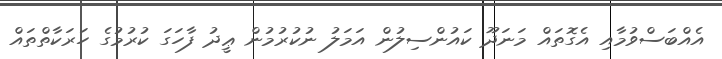
އެއްބަސްވުމާއި އެގޮތައް މަނަދޫ ކައުންސިލުން އަމަލު ނުކުރުމުން ޢީދު ފާހަގަ ކުރުމުގެ ހަރަކާތްތައް